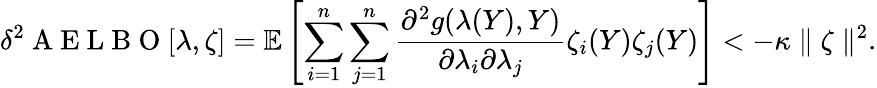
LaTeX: \delta^{2}\mathrm{~A~E~L~B~O~}[\lambda,\zeta]=\mathbb{E}\left[\sum_{i=1}^{n}\sum_{j=1}^{n}\frac{\partial^{2}g(\lambda(Y),Y)}{\partial\lambda_{i}\partial\lambda_{j}}\zeta_{i}(Y)\zeta_{j}(Y)\right]<-\kappa\parallel\zeta\parallel^{2}.